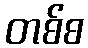
တစ်စ